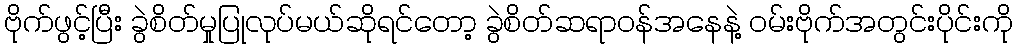
ဗိုက်ဖွင့်ပြီး ခွဲစိတ်မှုပြုလုပ်မယ်ဆိုရင်တော့ ခွဲစိတ်ဆရာဝန်အနေနဲ့ ဝမ်းဗိုက်အတွင်းပိုင်းကို